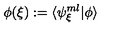
\phi ( { \xi } ) : = \langle \psi _ { { \xi } } ^ { m l } \vert \phi \rangle